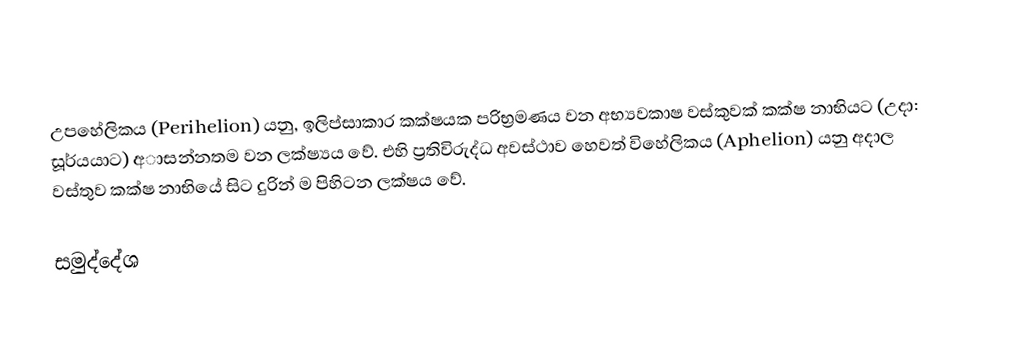
උපහේලිකය (Perihelion) යනු, ඉලිප්සාකාර කක්ෂයක පරිභ්‍රමණය වන අභ්‍යවකාෂ වස්කුවක් කක්ෂ නාභියට (උදා: සූර්යයාට) අාසන්නතම වන ලක්ෂ්‍යය වේ. එහි ප්‍රතිවිරුද්ධ අවස්ථාව හෙවත් විහේලිකය (Aphelion) යනු අදාල වස්තුව කක්ෂ නාභියේ සිට දුරින් ම පිහිටන ලක්ෂය වේ.

සමුද්දේශ